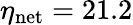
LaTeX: \eta_{\mathrm{net}}=21.2